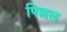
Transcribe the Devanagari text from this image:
पिल्लल